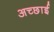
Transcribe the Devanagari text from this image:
अच्‍छाई